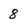
Character: 8